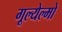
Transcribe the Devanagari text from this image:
गूल्येल्मो